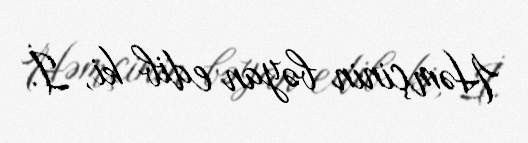
Həmçinin bəyan edib ki, İ.